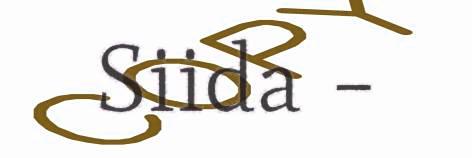
Siida –